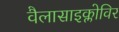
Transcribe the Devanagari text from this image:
वैलासाइक्लोविर